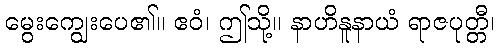
မွေးကျွေးပေ၏။ ဧဝံ၊ ဤသို့။ နာဟိနူနာယံ ရာဇပုတ္တီ၊